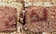
لذلك